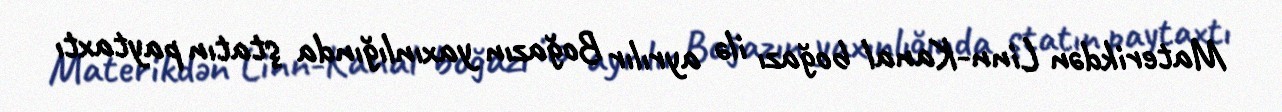
Materikdən Linn-Kanal boğazı ilə ayrılır Boğazın yaxınlığında ştatın paytaxtı